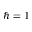
\hbar = 1